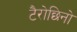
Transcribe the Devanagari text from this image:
टैरोछिनो